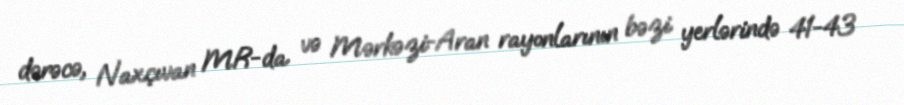
dərəcə, Naxçıvan MR-da və Mərkəzi-Aran rayonlarının bəzi yerlərində 41-43